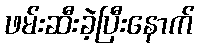
ဖမ်းဆီးခဲ့ပြီးနောက်